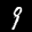
Label: 9